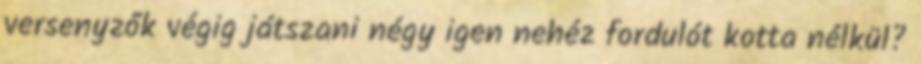
versenyzők végig játszani négy igen nehéz fordulót kotta nélkül?